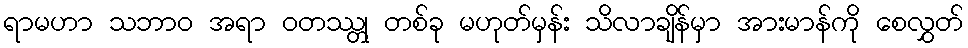
ရာမဟာ သဘာဝ အရာ ဝတဿ္တု တစ်ခု မဟုတ်မှန်း သိလာချိန်မှာ အားမာန်ကို စေလွှတ်